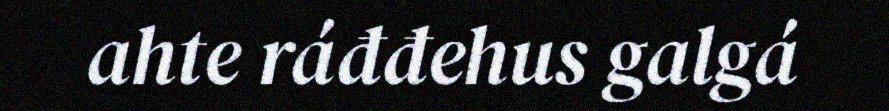
ahte ráđđehus galgá